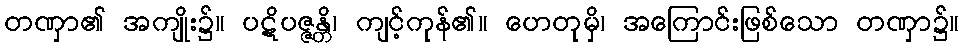
တဏှာ၏ အကျိုး၌။ ပဋိပဇ္ဇန္တိ၊ ကျင့်ကုန်၏။ ဟေတုမှိ၊ အကြောင်းဖြစ်သော တဏှာ၌။